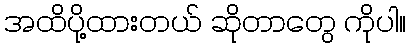
အထိပို့ထားတယ် ဆိုတာတွေ ကိုပါ။